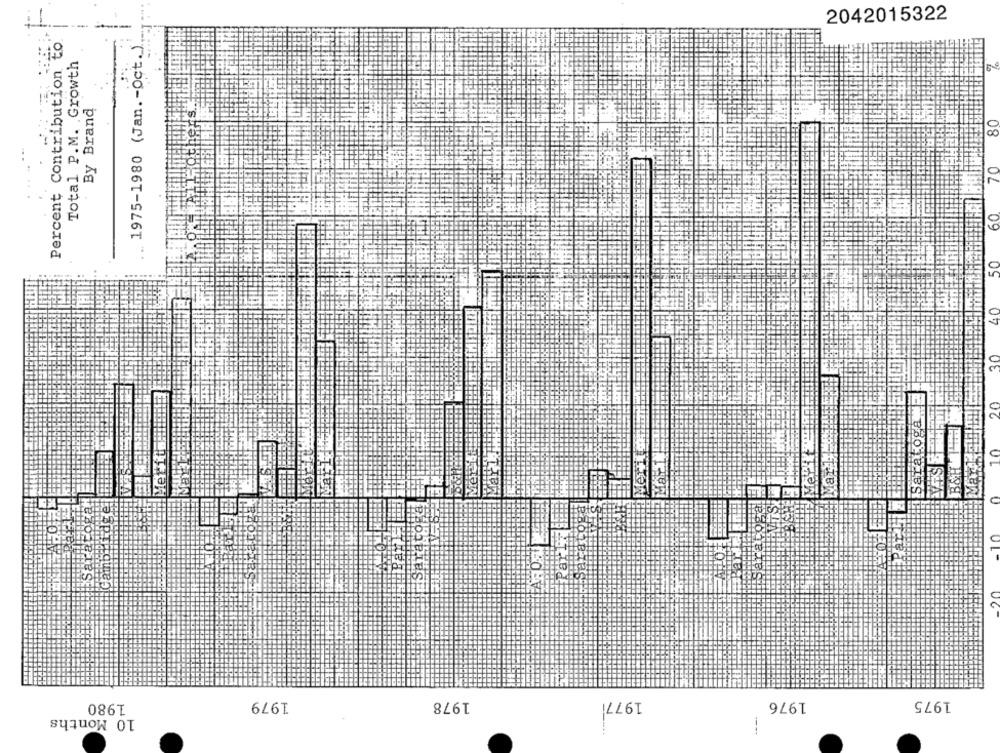
--
2042015322
Percent Contribution to
1975-1980 (Jan .- Oct.)
Total P.M. Growth
By Brand
0
60
50
40
30
20
10
Max.1
Sar
20
1980
1979
1978
19771
1976
1975
10 Months